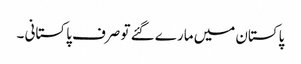
پاکستان میں مارے گئے تو صرف پاکستانی ۔